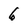
Character: 6